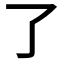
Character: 了